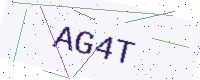
Text: AG4T